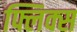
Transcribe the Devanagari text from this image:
फ्लिक्स